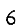
Digit: 6